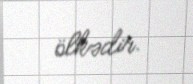
ölkədir.